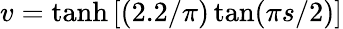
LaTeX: v=\operatorname{tanh}\left[(2.2/\pi)\tan(\pi s/2)\right]